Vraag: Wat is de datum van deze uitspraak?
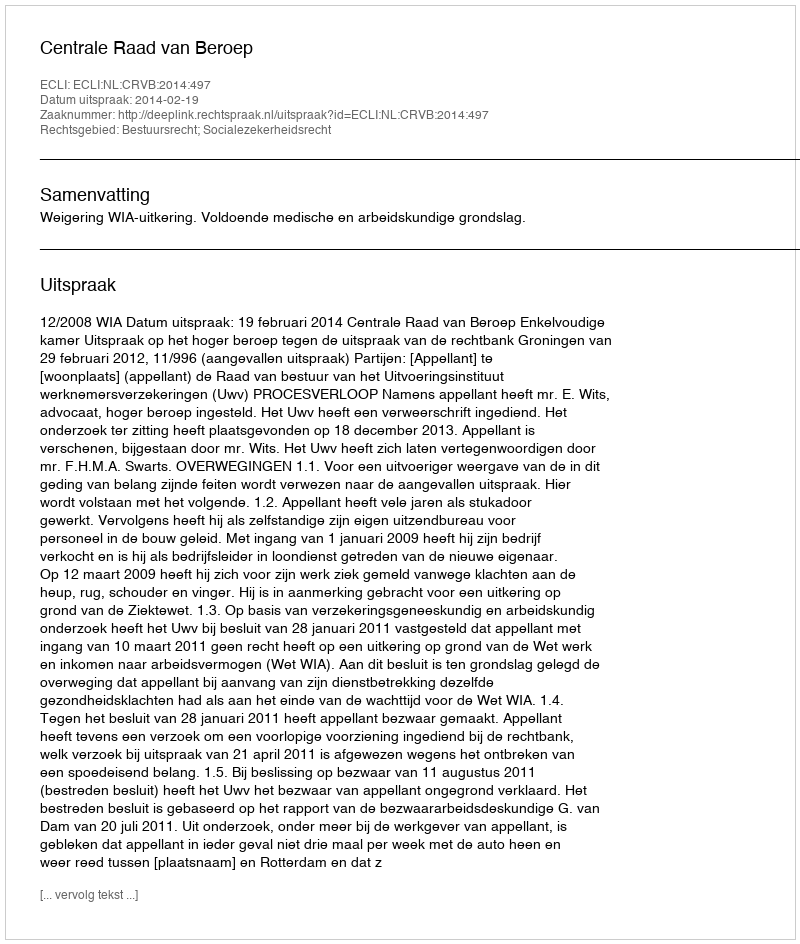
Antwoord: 2014-02-19